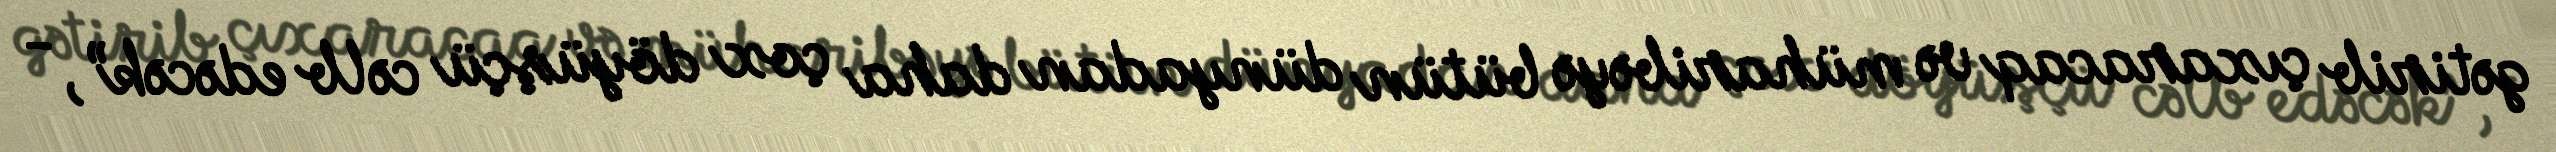
gətirib çıxaracaq və müharibəyə bütün dünyadan daha çox döyüşçü cəlb edəcək”, -